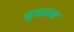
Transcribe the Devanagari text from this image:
मुक्तकण्ठ